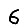
Digit: 6